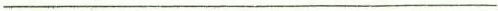
___